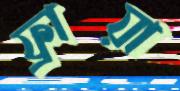
ফ্রায়া